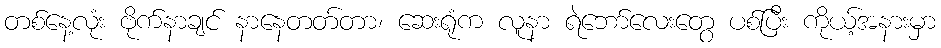
တစ်နေ့လုံး ဗိုက်နာချင် နာနေတတ်တာ၊ ဆေးရုံက လူနာ ရဲဘော်လေးတွေ ပစ်ပြီး ကိုယ့်အနားမှာ